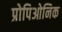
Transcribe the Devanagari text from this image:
प्रोपिओनिक